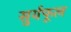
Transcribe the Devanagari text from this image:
सुर्यफूल